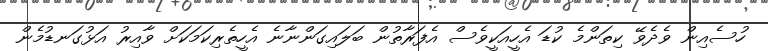
ހުސެއިން ވެދެވޭ ކިތަންމެ ކުޑަ އެހީއަކީވެސް އެފަރާތުން ބަލައިގަންނާނެ އެހީތެރިކަމަކަށް ވާއިރު އަޅުގަނޑުމެން